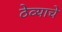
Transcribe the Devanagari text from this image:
ठेव्याचे